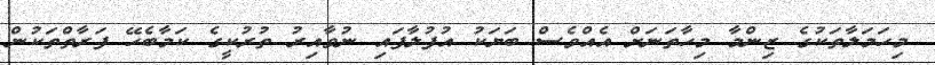
މިހަމަލާތަކުގެ ޒިންމާ މިހާތަނަށް އެއްވެސް ބަޔަކު އުފުލާފައި ނުވާއިރު ތުރުކީގެ ކަމާބެހޭ ފަރާތްތަކުން